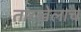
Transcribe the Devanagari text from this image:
तारखेलाच